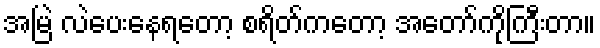
အမြဲ လဲပေးနေရတော့ စရိတ်ကတော့ အတော်ကိုကြီးတာ။